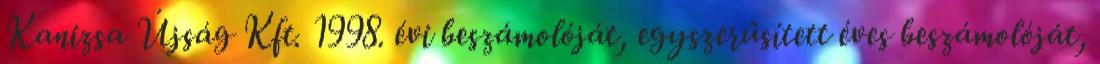
Kanizsa Újság Kft. 1998. évi beszámolóját, egyszerűsített éves beszámolóját,